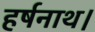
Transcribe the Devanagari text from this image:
हर्षनाथ।